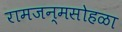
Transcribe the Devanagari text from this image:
रामजन्मसोहळा